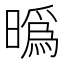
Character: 㬙